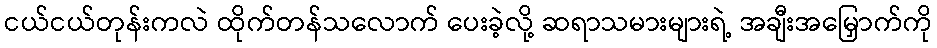
ငယ်ငယ်တုန်းကလဲ ထိုက်တန်သလောက် ပေးခဲ့လို့ ဆရာသမားများရဲ့ အချီးအမြှောက်ကို